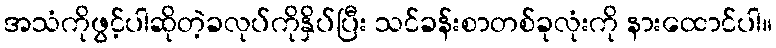
အသံကိုဖွင့်ပါဆိုတဲ့ခလုပ်ကိုနှိပ်ပြီး သင်ခန်းစာတစ်ခုလုံးကို နားထောင်ပါ။